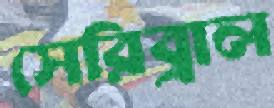
সেরিব্রাল